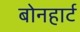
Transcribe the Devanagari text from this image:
बोनहार्ट